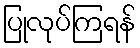
ပြုလုပ်ကြရန်